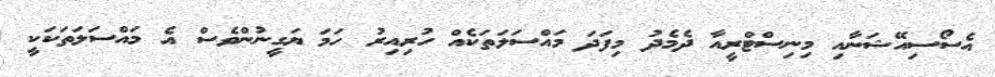
އެސޯސިއޭޝަނާއި މިނިސްޓްރީއާ ދެމެދު މިފަދަ މައްސަލަތަކެއް ހުރިއިރު ހަމަ ޔަގީނުންވެސް އެ މައްސަލަތަކަކީ